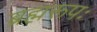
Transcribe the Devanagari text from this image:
ब्रह्मरूपः